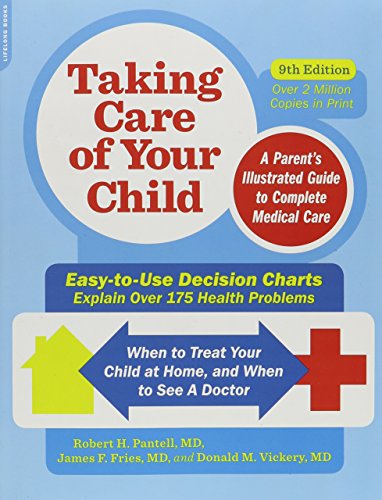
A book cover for Taking Care of Your Child, Ninth Edition: A Parent's Illustrated Guide to Complete Medical Care; Robert H. Pantell; Health, Fitness & Dieting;